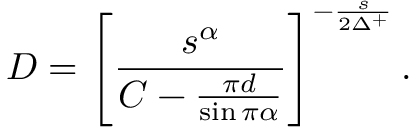
D = \left[ \frac { s ^ { \alpha } } { C - \frac { \pi d } { \sin \pi \alpha } } \right] ^ { - \frac { s } { 2 \Delta ^ { + } } } .